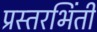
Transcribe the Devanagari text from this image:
प्रस्तरभिंती